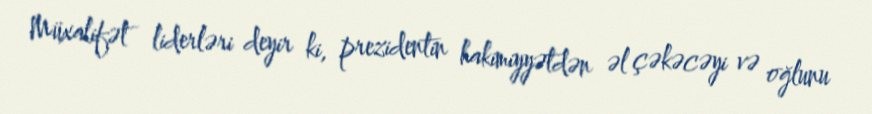
Müxalifət liderləri deyir ki, prezidentin hakimiyyətdən əl çəkəcəyi və oğlunu